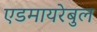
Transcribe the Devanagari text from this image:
एडमायरेबुल